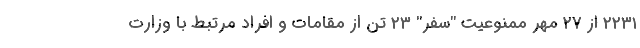
۲۲۳۱ از ۲۷ مهر ممنوعیت "سفر" ۲۳ تن از مقامات و افراد مرتبط با وزارت